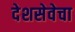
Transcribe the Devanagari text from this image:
देशसेवेचा